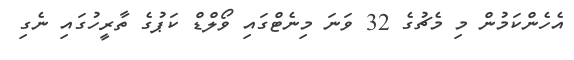
އެހެންކަމުން މި މެޗުގެ 32 ވަނަ މިނެޓްގައި ވޯލްޑް ކަޕުގެ ތާރީހުގައި ނެގި